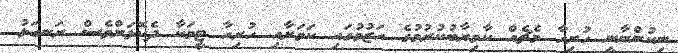
ނިކުންނާނީ ހުރިހާ މެޗެއް ކާމިޔާބުކުރުމުގެ އަޒުމުގައި ކަމަށާއި ހުރިހާ ޓީމަކާ ދެކޮޅަށްވެސް ރަނގަޅު